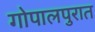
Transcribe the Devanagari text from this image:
गोपालपुरात